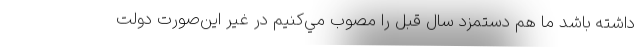
داشته باشد ما هم دستمزد سال قبل را مصوب مي‌كنيم در غير اين‌صورت دولت